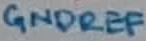
Text: GNDREF